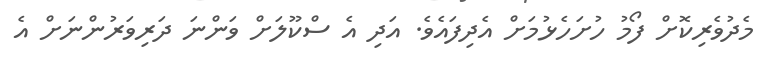
މެދުވެރިކޮށް ފޯމު ހުށަހެޅުމަށް އެދިފައެވެ. އަދި އެ ސްކޫލަށް ވަންނަ ދަރިވަރުންނަށް އެ